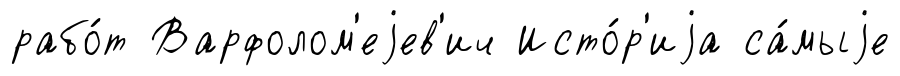
рабо́т Варфолом'еjев'ич Исто́р'иjа са́мыjе